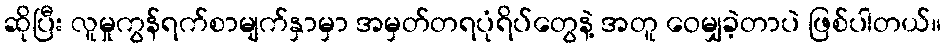
ဆိုပြီး လူမှုကွန်ရက်စာမျက်နှာမှာ အမှတ်တရပုံရိပ်တွေနဲ့ အတူ ဝေမျှခဲ့တာပဲ ဖြစ်ပါတယ်။